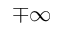
\mp \infty